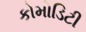
કોમોડિટી